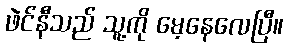
ဖဲင်နီသည် သူ့ကို မေ့နေလေပြီ။